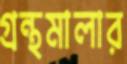
গ্রন্থমালার